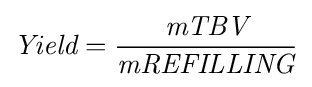
{\textit {Yield}}={\frac {\textit {mTBV}}{\textit {mREFILLING}}}